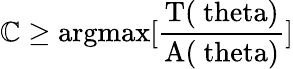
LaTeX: \mathbb{C}\geq\mathrm{{argmax[\frac{{T(\ theta)}}{{A(\ theta)}}]}}